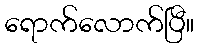
ရောက်လောက်ပြီ။